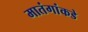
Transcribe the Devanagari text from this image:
मातंगांकडे